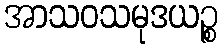
အာသဝသမုဒယဉ္စ